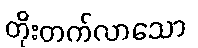
တိုးတက်လာသော